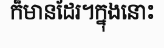
ក៏មានដែរ។ក្នុងនោះ